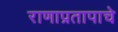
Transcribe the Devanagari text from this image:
राणाप्रतापाचे